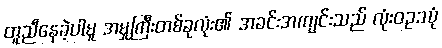
တူညီနေခဲ့ပါမူ အမှုကြီးတစ်ခုလုံး၏ အခင်းအကျင်းသည် လုံးဝဥဿုံ